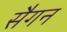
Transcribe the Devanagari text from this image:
सैगन